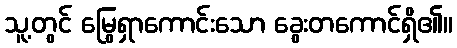
သူ့တွင် မြွေရှာကောင်းသော ခွေးတကောင်ရှိ၏။